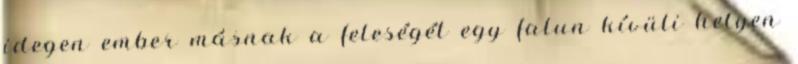
idegen ember másnak a feleségét egy falun kívüli helyen